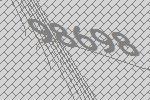
98698